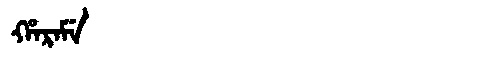
Manchu: ᡥᠠᡵᠠᠮᡝ
Romanization: HARAME